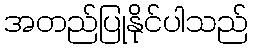
အတည်ပြုနိုင်ပါသည်